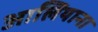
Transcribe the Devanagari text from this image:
आलियाना